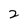
Character: 2